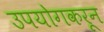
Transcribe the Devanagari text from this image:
उपयोगकरून